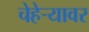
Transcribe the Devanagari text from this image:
चेहेऱ्यावर